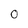
Character: o